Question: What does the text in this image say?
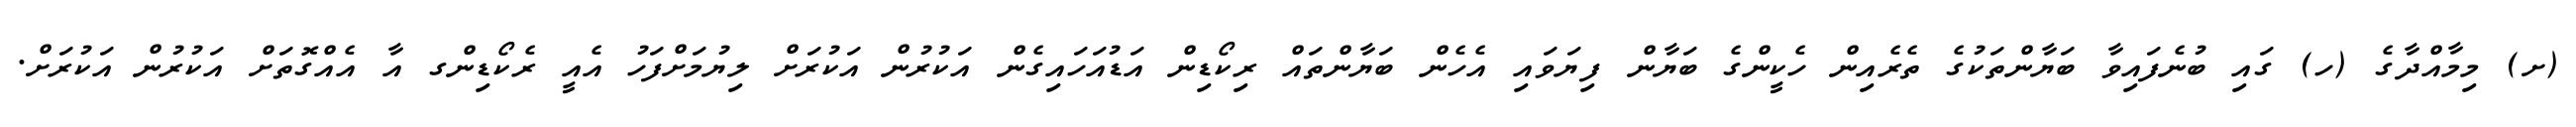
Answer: (ށ) މިމާއްދާގެ (ހ) ގައި ބުނެފައިވާ ބަޔާންތަކުގެ ތެރެއިން ހެކީންގެ ބަޔާން ފިޔަވައި އެހެން ބަޔާންތައް ރިކޯޑިން އަޑުއަހައިގެން އަކުރުން އަކުރަށް ލިޔުމަށްފަހު އެއީ ރެކޯޑިންގ އާ އެއްގޮތަށް އަކުރުން އަކުރަށް.